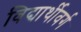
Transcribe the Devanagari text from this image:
विद्यार्थीवर्ग